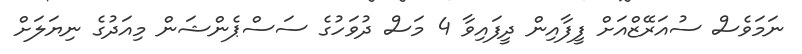
ނަމަވެސް ސުއަރޭޒްއަށް ފީފާއިން ދީފައިވާ 4 މަސް ދުވަހުގެ ސަސްޕެންޝަން މިއަދުގެ ނިޔަލަށް